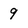
Character: 9